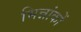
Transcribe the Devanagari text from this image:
भिन्नांकों